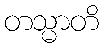
တသ္မာတိ